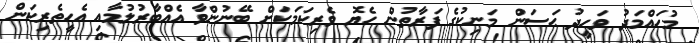
މުހައްމަދު ވަހީދު ޙަސަން މަނިކުގެ ފަރާތުން ހެޔޮ ވެރިކަމަކަށް ބޭނުންވާ އެއްބާރުލުމާއި އެހީތެރިކަން